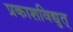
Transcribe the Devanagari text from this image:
प्रकाशविद्युत्‌